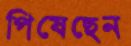
পিষেছেন